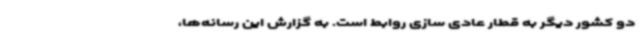
دو کشور دیگر به قطار عادی سازی روابط است. به گزارش این رسانه‌ها،